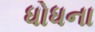
ધોધના